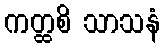
ကတ္ထစိ သာသနံ